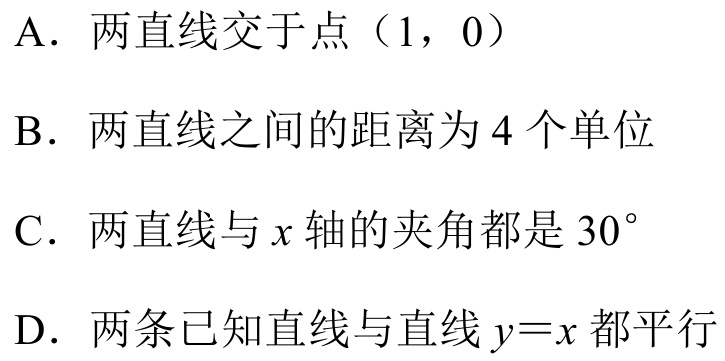
A. 两直线交于点（1，0）
B. 两直线之间的距离为 4 个单位
C. 两直线与\(x\)轴的夹角都是 \(30^{\circ}\)
D. 两条已知直线与直线\(y = x\)都平行